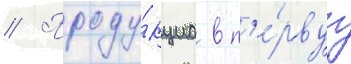
// Проду́кциа в п'е́рвуу